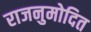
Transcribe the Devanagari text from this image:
राजनुमोदित